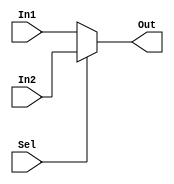
`timescale 1ns/1ns
module MUX2to1 #(parameter n=10)(input [n-1:0] In1,In2,input Sel,output [n-1:0] Out);
	assign Out=Sel? In2:In1;
endmodule